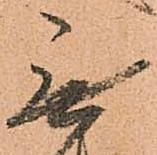
無